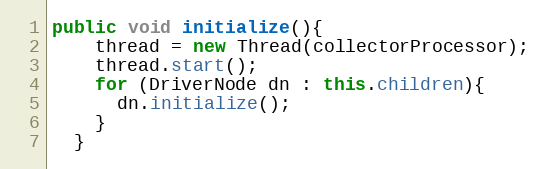
Language: Java
public void initialize(){
    thread = new Thread(collectorProcessor);
    thread.start();
    for (DriverNode dn : this.children){
      dn.initialize();
    }
  }